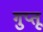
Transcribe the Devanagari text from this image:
गुप्तू